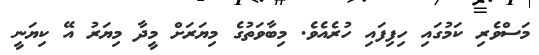
މަސްވެރި ކަމުގައި ހިފިފައި ހުރެއެވެ. މިބާވަތުގެ މިޔަރަށް މީދާ މިޔަރު އޭ ކިޔަނީ